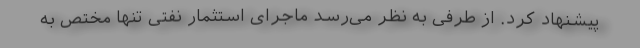
پیشنهاد کرد. از طرفی به نظر می‌رسد ماجرای استثمار نفتی تنها مختص به